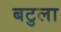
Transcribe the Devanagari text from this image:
बटुला